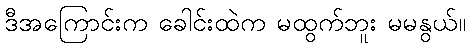
ဒီအကြောင်းက ခေါင်းထဲက မထွက်ဘူး မမနွယ်။